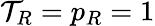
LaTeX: \mathcal{T}_{R}=p_{R}=1